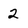
Character: 2